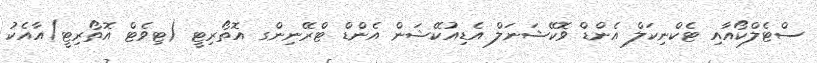
ސްޓެލްކޯއާއި ޓެކްނިކަލް އެންޑް ވޮކޭޝަނަލް އެޑިއުކޭޝަން އެންޑް ޓްރޭނިންގ އޮތޯރިޓީ (ޓިވެޓް އޮތޯރިޓީ)އާއެކު